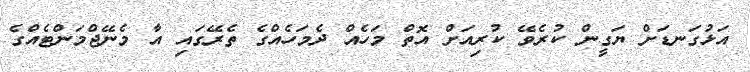
އަޅުގަނޑަށް ޔަގީން ކުރެވޭ ކުރިއަށް އޮތް މަހެއް ދެމަހެއްގެ ތެރޭގައި އާ މެނޭޖްމަންޓެއްގެ